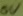
Text: ov